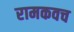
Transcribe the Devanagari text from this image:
रामकवच